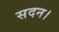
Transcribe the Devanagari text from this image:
सदन।